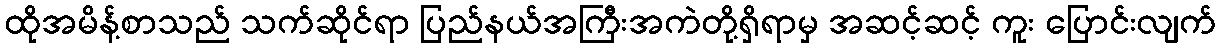
ထိုအမိန့်စာသည် သက်ဆိုင်ရာ ပြည်နယ်အကြီးအကဲတို့ရှိရာမှ အဆင့်ဆင့် ကူး ပြောင်းလျက်